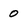
Character: 0